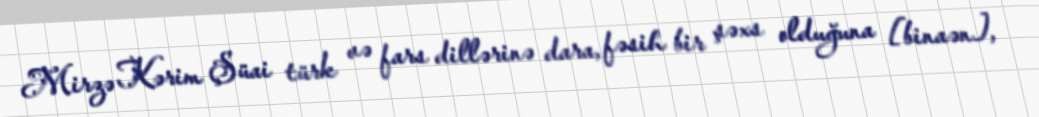
Mirzə Kərim Şüai türk və fars dillərinə dara, fəsih bir şəxs olduğuna [binaən],